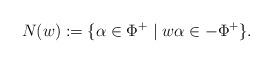
LaTeX: \begin{align*}N(w) := \{ \alpha \in \Phi^+ \mid w \alpha \in -\Phi^+\}.\end{align*}